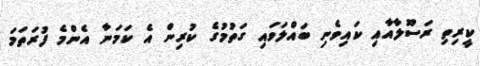
ކީރިތި ރަސޫލާއާއި ކައިވެނި ބައްލަވައި ގަތުމުގެ ކުރިން އެ ކަމަނާ އެންމެ ފުރަތަމަ